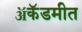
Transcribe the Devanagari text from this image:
ॲकॅडमीत